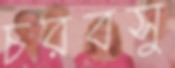
চরবসু